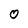
Character: O